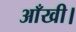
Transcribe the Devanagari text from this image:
आँखी।